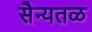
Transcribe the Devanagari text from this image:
सैन्यतळ